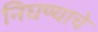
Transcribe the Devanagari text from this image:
निघण्याचे